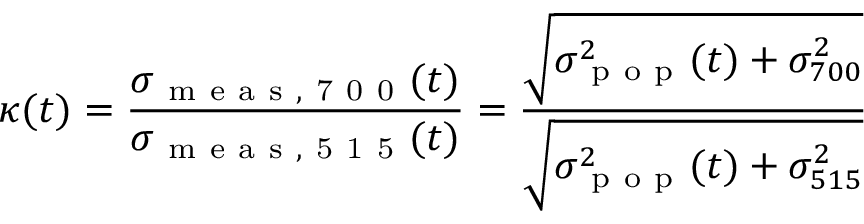
\kappa ( t ) = \frac { \sigma _ { \mathrm { ~ m ~ e ~ a ~ s ~ , ~ 7 ~ 0 ~ 0 ~ } } ( t ) } { \sigma _ { \mathrm { ~ m ~ e ~ a ~ s ~ , ~ 5 ~ 1 ~ 5 ~ } } ( t ) } = \frac { \sqrt { \sigma _ { \mathrm { ~ p ~ o ~ p ~ } } ^ { 2 } ( t ) + \sigma _ { 7 0 0 } ^ { 2 } } } { \sqrt { \sigma _ { \mathrm { ~ p ~ o ~ p ~ } } ^ { 2 } ( t ) + \sigma _ { 5 1 5 } ^ { 2 } } }